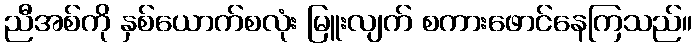
ညီအစ်ကို နှစ်ယောက်စလုံး မြူးလျက် စကားဖောင်နေကြသည်။